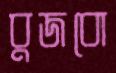
বুজবো